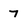
Character: 7